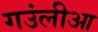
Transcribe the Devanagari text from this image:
गउंलीआ